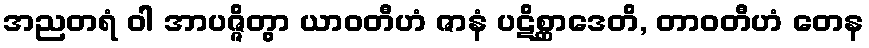
အညတရံ ဝါ အာပဇ္ဇိတွာ ယာဝတီဟံ ဇာနံ ပဋိစ္ဆာဒေတိ, တာဝတီဟံ တေန